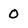
Character: 0